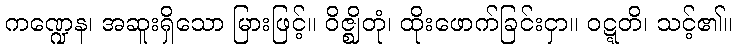
ကဏ္ဍေန၊ အဆူးရှိသော မြားဖြင့်။ ဝိဇ္ဈိတုံ၊ ထိုးဖောက်ခြင်းငှာ။ ဝဋ္ဋတိ၊ သင့်၏။